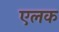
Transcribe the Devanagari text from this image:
एलक